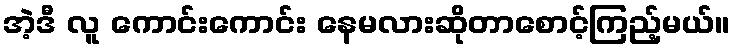
အဲ့ဒီ လူ ကောင်းကောင်း နေမလားဆိုတာစောင့်ကြည့်မယ်။